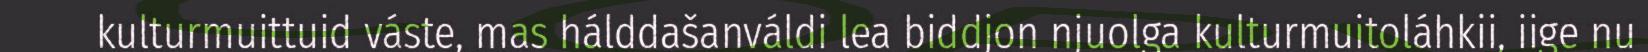
kulturmuittuid váste, mas hálddašanváldi lea biddjon njuolga kulturmuitoláhkii, iige nu